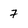
Character: 7